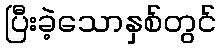
ပြီးခဲ့သောနှစ်တွင်